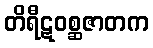
တိရီဋဝစ္ဆဇာတက